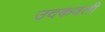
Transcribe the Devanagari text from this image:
उदकवती